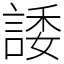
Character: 諉